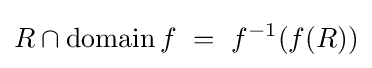
R\cap \operatorname {domain} f~=~f^{-1}(f(R))